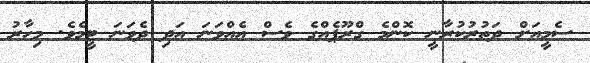
ސެމީއަށް ދަތުރުކުރާނީ ކޮންމެ ގްރޫޕެއްގެ ވެސް އެއްވަނަ އަދި ދެވަނަ ޓީމެވެ. މިހާރު